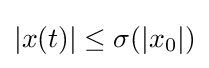
|x(t)|\leq \sigma (|x_{0}|)